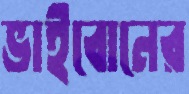
ভাইবোনের